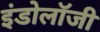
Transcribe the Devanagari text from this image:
इंडोलॉजी